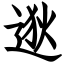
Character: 逖